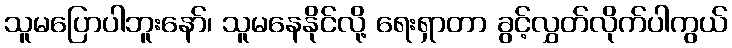
သူမပြောပါဘူးနော်၊ သူမနေနိုင်လို့ ရေးရှာတာ ခွင့်လွှတ်လိုက်ပါကွယ်